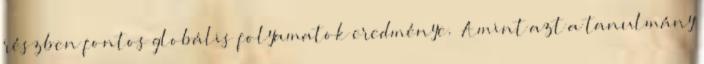
részben fontos globális folyamatok eredménye. „Amint azt a tanulmány